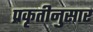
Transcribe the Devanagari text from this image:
प्रकृतीनुसार